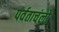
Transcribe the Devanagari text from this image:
पर्वताचंलों